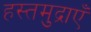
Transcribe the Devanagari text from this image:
हस्तमुद्राएँ